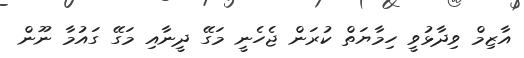
އާޒިމް ވިދާޅުވީ ހިމާޔަތް ކުރަން ޖެހެނީ މަގޭ ދީނާއި މަގޭ ގައުމާ ނޫން